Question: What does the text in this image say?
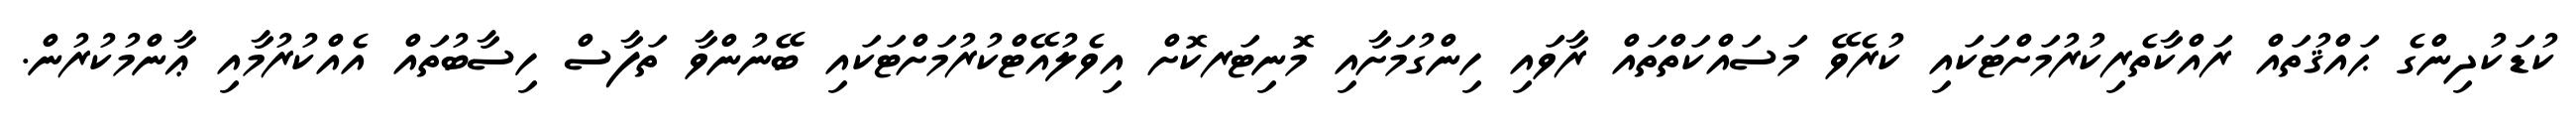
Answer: ކުޑަކުދިންގެ ޙައްޤުތައް ރައްކާތެރިކުރުމަށްޓަކައި ކުރެވޭ މަސައްކަތްތައް ރާވައި ހިންގުމަށާއި މޮނިޓަރކޮށް އިވެލުއޭޓްކުރުމަށްޓަކައި ބޭނުންވާ ތަފާސް ހިސާބުތައް އެއްކުރުމާއި ޢާންމުކުރުން.